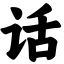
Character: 话